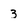
Character: 3